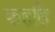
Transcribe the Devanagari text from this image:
कहहि